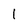
Character: 1